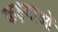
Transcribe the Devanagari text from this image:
कक्ष्याओं